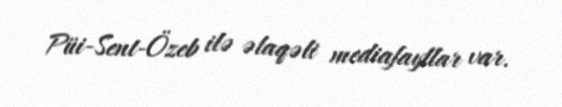
Püi-Sent-Özeb ilə əlaqəli mediafayllar var.